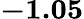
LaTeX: \mathbf{-1.05}